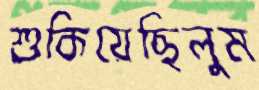
শুকিয়েছিলুম